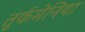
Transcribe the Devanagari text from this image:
तुर्कमेनिया